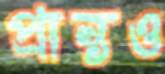
প্রান্তও